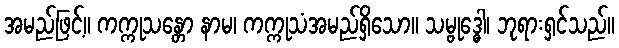
အမည်ဖြင့်။ ကက္ကုသန္တော နာမ၊ ကက္ကုသံအမည်ရှိသော။ သမ္ဗုဒ္ဓေါ၊ ဘုရားရှင်သည်။